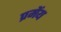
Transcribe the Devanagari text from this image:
प्रमेंय